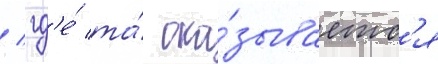
/ гд'е́ та́ ока́зываетс'я